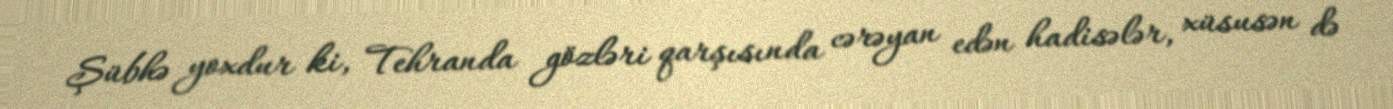
Şübhə yoxdur ki, Tehranda gözləri qarşısında cərəyan edən hadisələr, xüsusən də